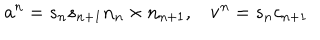
{ \bf a } ^ { n } = s _ { n } s _ { n + 1 } { \bf n } _ { n } \times { \bf n } _ { n + 1 } , { \bf v } ^ { n } = s _ { n } c _ { n + 1 }